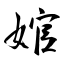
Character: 婠